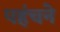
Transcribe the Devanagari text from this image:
पहंचने